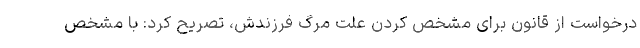
درخواست از قانون برای مشخص کردن علت مرگ فرزندش، تصریح کرد: با مشخص